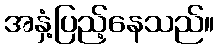
အနှံ့ပြည့်နေသည်။